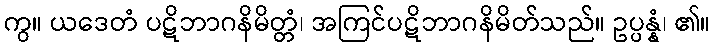
ကွ။ ယဒေတံ ပဋိဘာဂနိမိတ္တံ၊ အကြင်ပဋိဘာဂနိမိတ်သည်။ ဥပ္ပန္နံ၊ ၏။